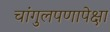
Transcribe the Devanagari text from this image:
चांगुलपणापेक्षा